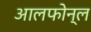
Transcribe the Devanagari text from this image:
आलफोन्ल